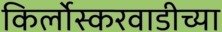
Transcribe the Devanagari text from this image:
किर्लोस्करवाडीच्या